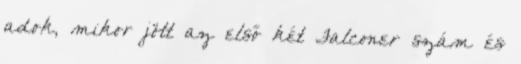
adok, mikor jött az első két Falconer szám és